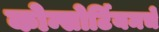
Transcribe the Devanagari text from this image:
कोन्सोर्टियमचे